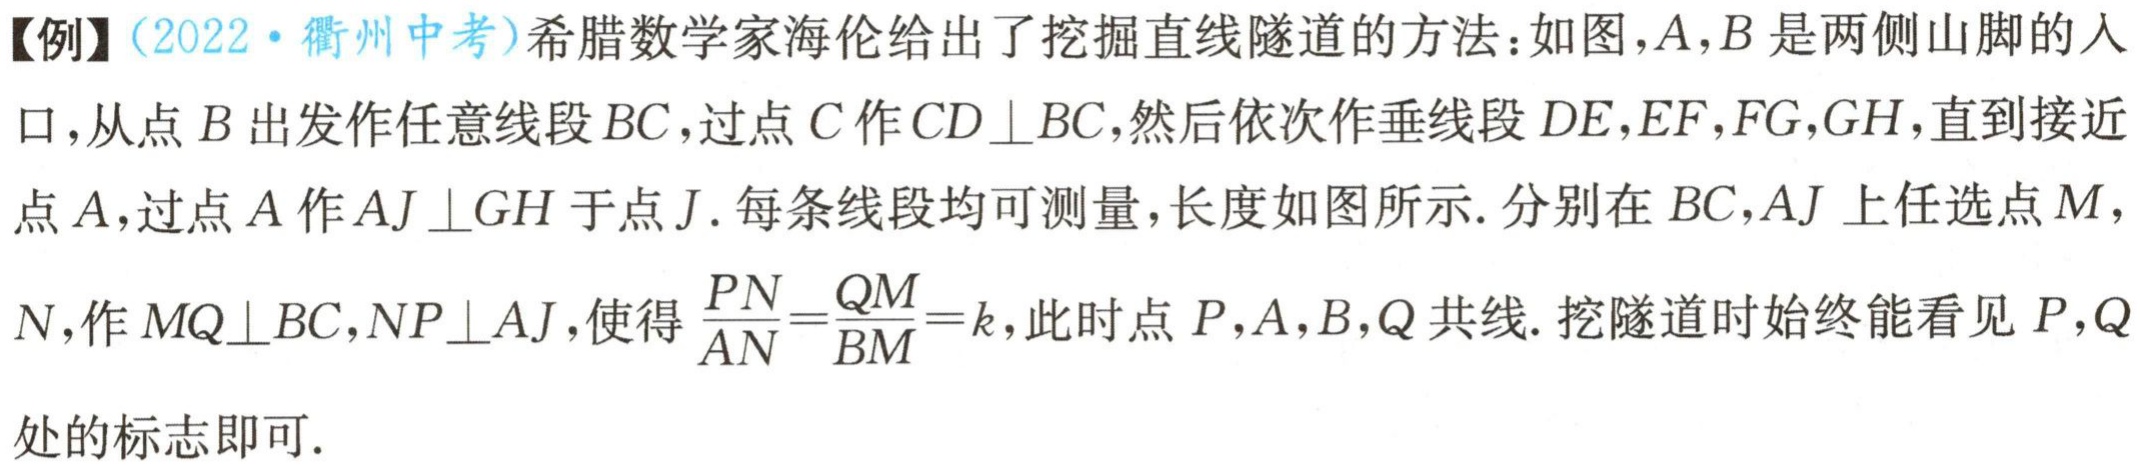
【例】（2022·衢州中考）希腊数学家海伦给出了挖掘直线隧道的方法：如图，\(A,B\)是两侧山脚的入口，从点\(B\)出发作任意线段\(BC\)，过点\(C\)作\(CD \perp BC\)，然后依次作垂线段\(DE,EF,FG,GH\)，直到接近点\(A\)，过点\(A\)作\(AJ \perp GH\)于点\(J\). 每条线段均可测量，长度如图所示. 分别在\(BC,AJ\)上任选点\(M\)，\(N\)，作\(MQ \perp BC\)，\(NP \perp AJ\)，使得\(\frac{PN}{AN}=\frac{QM}{BM}=k\)，此时点\(P,A,B,Q\)共线. 挖隧道时始终能看见\(P,Q\)处的标志即可.